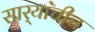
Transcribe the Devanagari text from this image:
सार्‍यांचीच